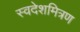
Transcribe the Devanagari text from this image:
स्वदेशमित्रण